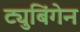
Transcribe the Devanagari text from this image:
ट्युबिंगेन